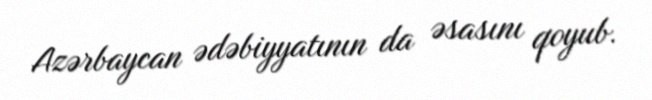
Azərbaycan ədəbiyyatının da əsasını qoyub.